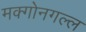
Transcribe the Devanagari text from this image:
मक्गोनगल्ल